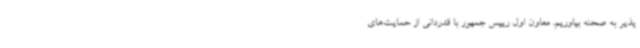
پذیر به صحنه بیاوریم. معاون اول رییس جمهور با قدردانی از حمایت‌های